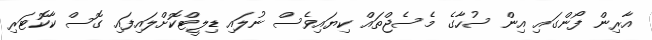
އާރިން ފޯންގައި އިން ސުހާގެ މެސެޖްތައް ކިޔައިވެސް ނުލައި ޑިލީޓްކޮށްލައިފައި ގޮސް ކާކޮޓަރި